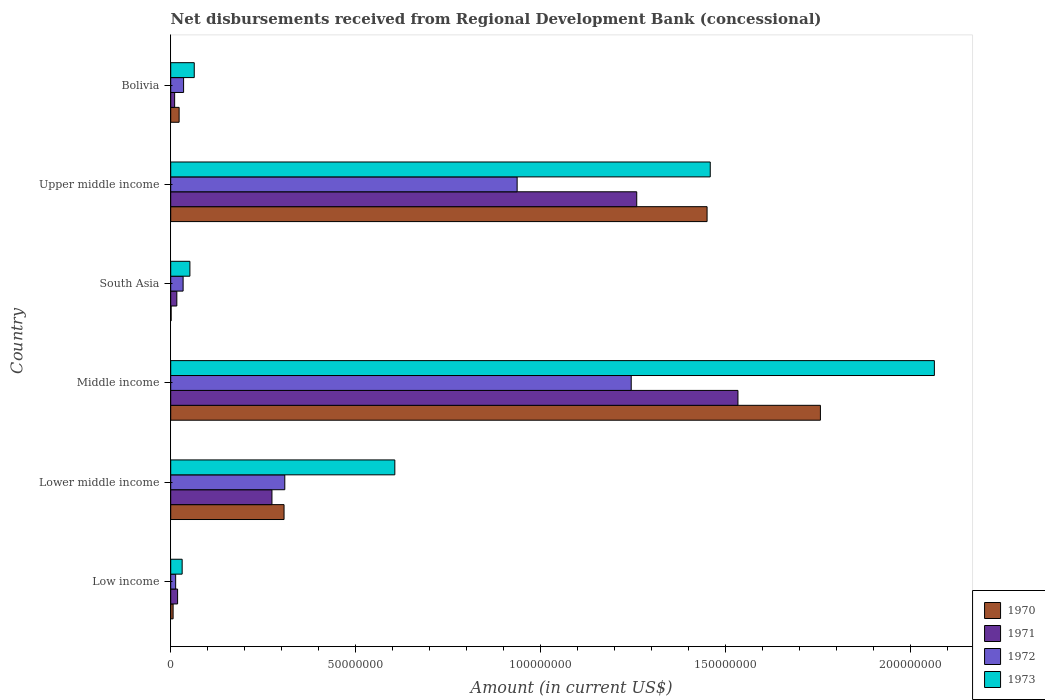
| Country | 1970 | 1971 | 1972 | 1973 |
 | --- | --- | --- | --- | --- |
 | Low income | 6.47e+05 | 1.86e+06 | 1.33e+06 | 3.09e+06 |
 | Lower middle income | 3.06e+07 | 2.74e+07 | 3.08e+07 | 6.06e+07 |
 | Middle income | 1.76e+08 | 1.53e+08 | 1.24e+08 | 2.06e+08 |
 | South Asia | 1.09e+05 | 1.65e+06 | 3.35e+06 | 5.18e+06 |
 | Upper middle income | 1.45e+08 | 1.26e+08 | 9.36e+07 | 1.46e+08 |
 | Bolivia | 2.27e+06 | 1.06e+06 | 3.48e+06 | 6.36e+06 |